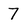
Character: 7